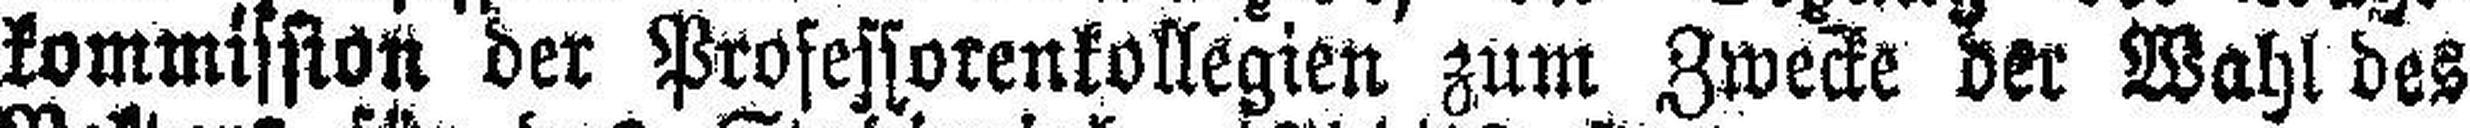
kommission der Professorenkollegien zum Zwecke der Wahl des